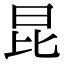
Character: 昆